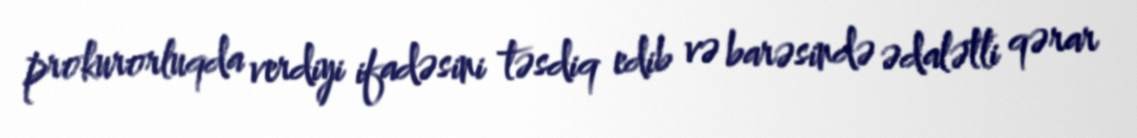
prokurorluqda verdiyi ifadəsini təsdiq edib və barəsində ədalətli qərar